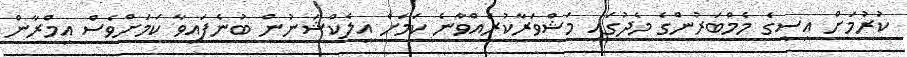
ކުރުމަށް އިސީގެ މެމްބަރުންގެ މެދުގައި މަޝްްވަރާކުރައްވާނެ ކަމަށް އިލެކްޝަނުން ބުނެފައިވާ ކަމަށްވެސް އިމްރާން